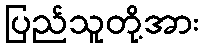
ပြည်သူတို့အား